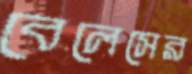
বেলেসের